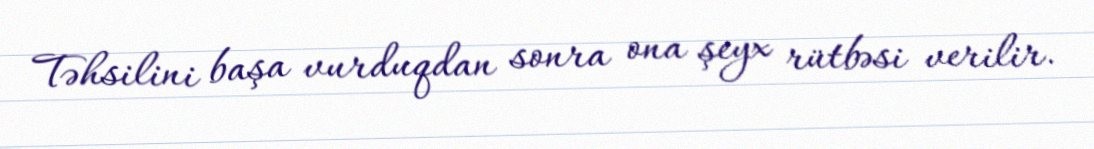
Təhsilini başa vurduqdan sonra ona şeyx rütbəsi verilir.